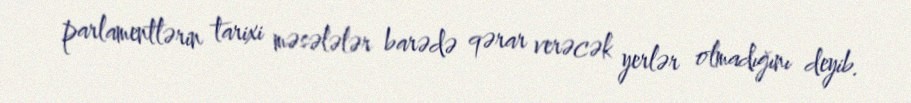
parlamentlərin tarixi məsələlər barədə qərar verəcək yerlər olmadığını deyib.